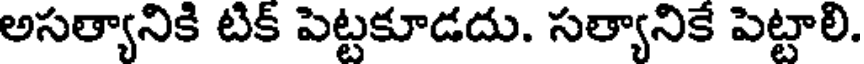
అసత్యానికి టిక్ పెట్టకూడదు. సత్యానికే పెట్టాలి.